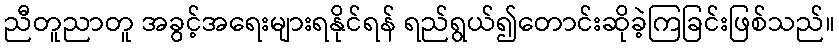
ညီတူညာတူ အခွင့်အရေးများရနိုင်ရန် ရည်ရွယ်၍တောင်းဆိုခဲ့ကြခြင်းဖြစ်သည်။